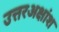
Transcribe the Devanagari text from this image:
उत्तरअक्षांश